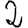
Digit: 2